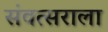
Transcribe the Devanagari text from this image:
संवत्सराला